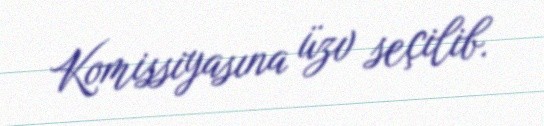
Komissiyasına üzv seçilib.